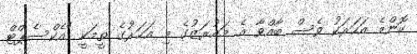
ކޮންމެ އަހަރަކު ވެސް ބާއްވާ އެ މައުރަޒުގެ މި އަހަރުގެ ތީމަކީ "އެކްސެޕްޓް